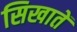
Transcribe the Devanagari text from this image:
सिखातें